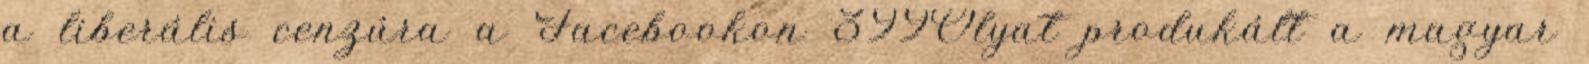
a liberális cenzúra a Facebookon 399Olyat produkált a magyar